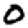
Digit: 0